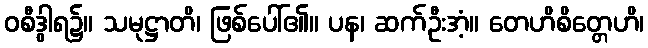
ဝစီဒွါရ၌။ သမုဋ္ဌာတိ၊ ဖြစ်ပေါ်၏။ ပန၊ ဆက်ဦးအံ့။ တေဟိစိတ္တေဟိ၊